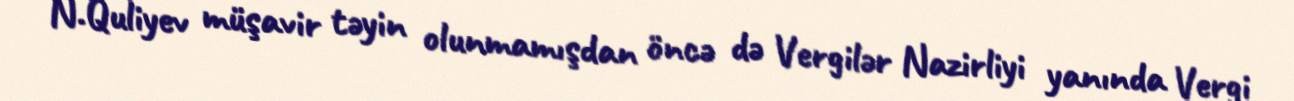
N.Quliyev müşavir təyin olunmamışdan öncə də Vergilər Nazirliyi yanında Vergi